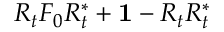
R _ { t } F _ { 0 } R _ { t } ^ { * } + { \bf 1 } - R _ { t } R _ { t } ^ { * }